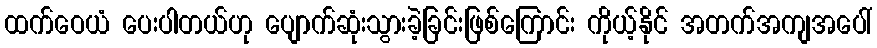
ထက်ဝေယံ ပေးပါတယ်ဟု ပျောက်ဆုံးသွားခဲ့ခြင်းဖြစ်ကြောင်း ကိုယ့်နိုင် အတက်အကျအပေါ်